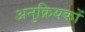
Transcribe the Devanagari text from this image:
अनुक्रियकों